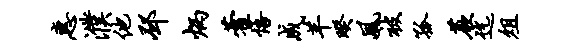
惠濮他邳炳藿悟成羊暌风被孤蕨迄俎